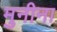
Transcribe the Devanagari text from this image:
मुनीना